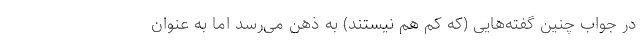
در جواب چنین گفته‌هایی (که کم هم نیستند) به ذهن می‌رسد اما به عنوان